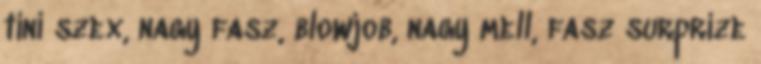
tini szex, nagy fasz, blowjob, nagy mell, fasz surprize